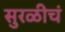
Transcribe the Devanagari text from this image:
सुरळीचं